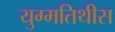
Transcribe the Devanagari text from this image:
युग्मतिथीस